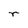
Character: r